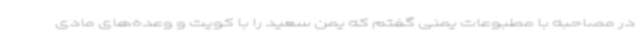
در مصاحبه با مطبوعات یمنی گفتم که یمن سعید را با کویت و وعده‌های مادی